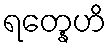
ရတ္နေဟိ